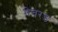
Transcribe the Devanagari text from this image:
नेचरड